Civil Veterinary Department Bihar & Orissa reports 1929-36 - 1929-1936
Year: 1929
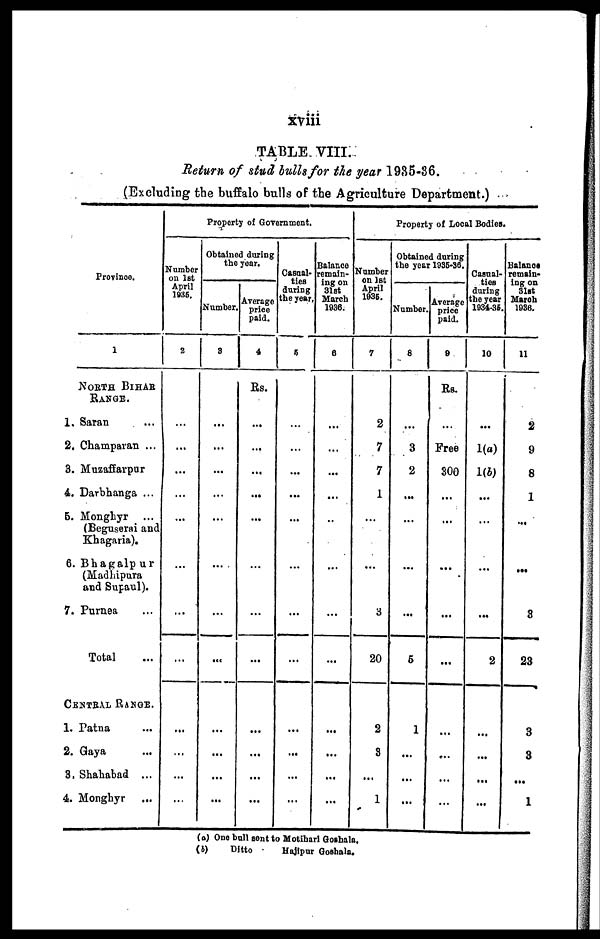
xviii
TABLE VIII.
Return of stud bulls for the year 1935-36.
(Excluding the buffalo bulls of the Agriculture Department.)
Province.
1
NORTH BIHAR
RANGE.
1. Saran ...
2. Champaran ...
3. Muzaffarpur
4. Darbhanga ...
5. Monghyr ...
(Beguserai and
Khagaria).
6. Bhagalpur
(Madhipura
and Supaul).
7. Purnea ...
Total ...
CENTRAL RANGE.
1. Patna ...
2. Gaya ...
8. Shahabad ...
4. Monghyr ...
Property of Government.
Number
on 1st
April
1936.
2
...
...
...
...
...
...
...
...
...
...
...
...
Obtained during
the year.
Number.
3
...
...
...
...
...
...
...
...
...
...
...
...
Average
price
paid.
4
Rs.
...
...
...
...
...
...
...
...
...
...
...
...
Casual-
ties
during
the year.
5
...
...
...
...
...
...
...
...
...
...
...
...
Balance
remain-
ing on
31st
March
1936.
6
...
...
...
...
...
...
...
...
...
...
...
...
Property of Local Bodies.
Number
on 1st
April
1936.
7
2
7
7
1
...
...
3
20
2
3
...
1
Obtained during
the year 1935-36.
Number.
8
...
3
2
...
...
...
...
5
1
...
...
...
Average
price
paid.
9
Rs.
...
Free
300
...
...
...
...
...
...
...
...
...
Casual-
ties
during
the year
1934-36.
10
...
1(a)
1(b)
...
...
...
...
2
...
...
...
...
Balance
remain-
ing on
31st
March
1936.
11
2
9
8
1
...
...
3
23
3
3
...
1
(a) One bull sent to Motihari Goshala.
(b)
Ditto
Hajipur Goshala.